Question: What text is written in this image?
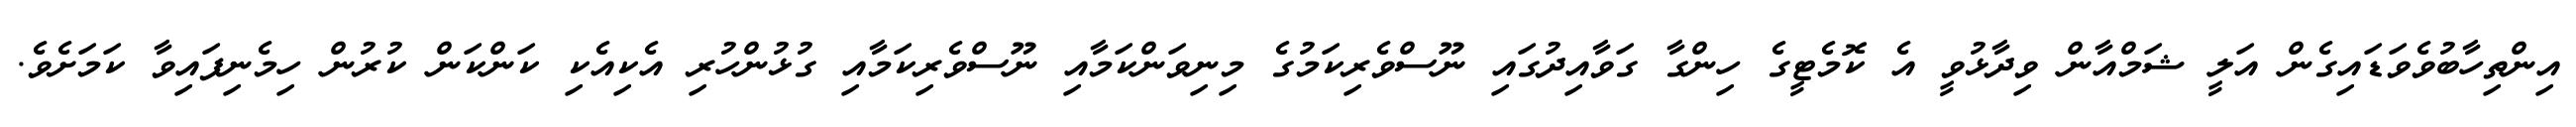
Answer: އިންތިހާބުވެވަޑައިގެން އަލީ ޝަމްއާން ވިދާޅުވީ އެ ކޮމެޓީގެ ހިންގާ ގަވާއިދުގައި ނޫސްވެރިކަމުގެ މިނިވަންކަމާއި ނޫސްވެރިކަމާއި ގުޅުންހުރި އެކިއެކި ކަންކަން ކުރުން ހިމެނިފައިވާ ކަމަށެވެ.